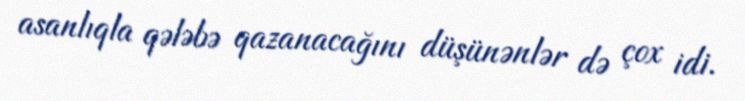
asanlıqla qələbə qazanacağını düşünənlər də çox idi.